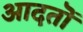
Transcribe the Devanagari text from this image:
आदतॊं